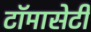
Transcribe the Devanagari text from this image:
टाॅमासेटी